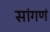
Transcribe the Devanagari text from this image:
सांगणं